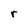
Character: r